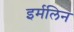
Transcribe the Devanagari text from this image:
इर्मलिन